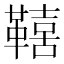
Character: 𮧦